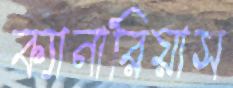
ক্যানারিয়াস